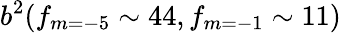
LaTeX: b^{2}(f_{m=-5}\sim 44,f_{m=-1}\sim 11)